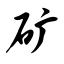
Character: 矿